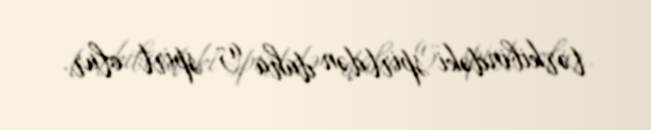
tərkibindəki spirtdən daha az spirt olur.